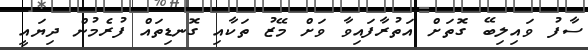
ސާފު ވައިލިބޭ ގޮތަށް އަތުރާފައިވާ ވަށް މޭޒު ތަކާއި ގޮނޑިތައް ފުރެމުން ދިޔައީ